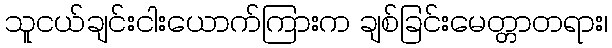
သူငယ်ချင်းငါးယောက်ကြားက ချစ်ခြင်းမေတ္တာတရား၊